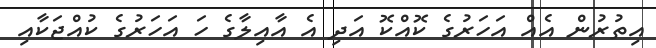
އިތުރުން އެއް އަހަރުގެ ކޮއްކޮ އަދި އެ އާއިލާގެ ހަ އަހަރުގެ ކުއްޖަކާއި